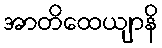
အာတိထေယျာနိ